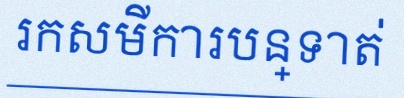
រកសមីការបន្ទាត់